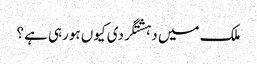
ملک میں دہشتگردی کیوں ہورہی ہے؟